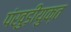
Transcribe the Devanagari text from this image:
पंखुड़ीयुक्त